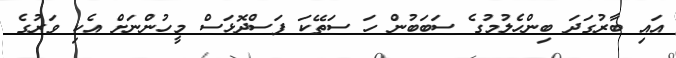
އައި ބާރުގަދަ ބިންހެލުމުގެ ސަބަބުން ހަ ސަތޭކަ ފަސްދޮޅަސް މީހުންނަށް އެކި ވަރުގެ